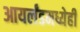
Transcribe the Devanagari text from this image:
आयर्लंडमध्येही